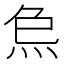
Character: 𤇗